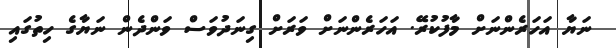
ނަޔާ އަހަރެންނަށް މާފުކުރޭ. އަހަރެންނަށް ވަރަށް ގިނަދުވަސް ވަންދެން ނަޔާގެ ހިތުގައި